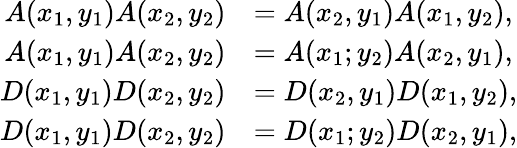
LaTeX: \begin{array}{rl}{A(x_{1},y_{1})A(x_{2},y_{2})}&{=A(x_{2},y_{1})A(x_{1},y_{2}),}\\ {A(x_{1},y_{1})A(x_{2},y_{2})}&{=A(x_{1};y_{2})A(x_{2},y_{1}),}\\ {D(x_{1},y_{1})D(x_{2},y_{2})}&{=D(x_{2},y_{1})D(x_{1},y_{2}),}\\ {D(x_{1},y_{1})D(x_{2},y_{2})}&{=D(x_{1};y_{2})D(x_{2},y_{1}),}\end{array}